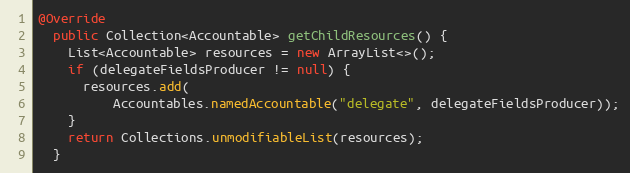
Language: Java
@Override
  public Collection<Accountable> getChildResources() {
    List<Accountable> resources = new ArrayList<>();
    if (delegateFieldsProducer != null) {
      resources.add(
          Accountables.namedAccountable("delegate", delegateFieldsProducer));
    }
    return Collections.unmodifiableList(resources);
  }